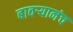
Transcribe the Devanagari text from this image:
बावऱ्यानंच